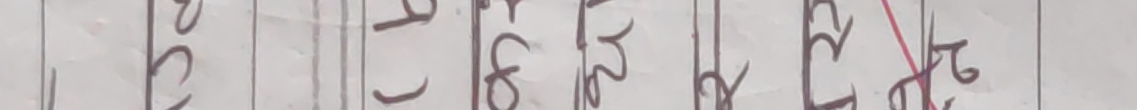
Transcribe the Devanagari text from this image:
३० १९ ३४ २२ १२ २४